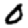
Digit: 0